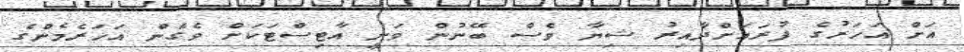
އަށް އަހަރުގެ ފުރައަށްދާއިރު ޝިޔާ ވެސް ބޭނުން ވަނީ އާޓިސްޓަކަށް ވެގެން އަހަރެމެންގެ